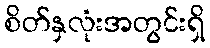
စိတ်နှလုံးအတွင်းရှိ